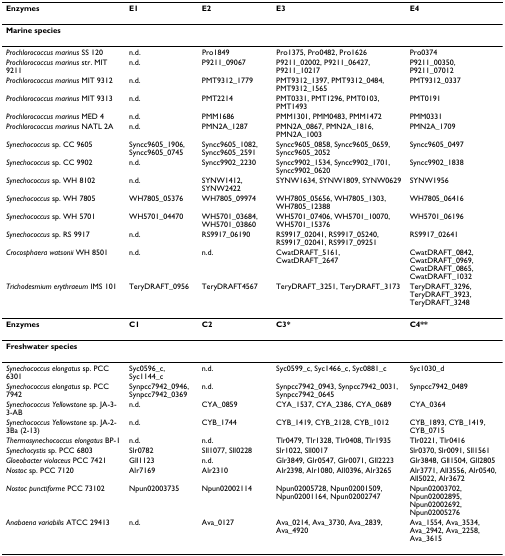
<table><thead><tr><td><b>Enzymes</b></td><td><b>E1</b></td><td><b>E2</b></td><td><b>E3</b></td><td><b>E4</b></td></tr></thead><tbody><tr><td colspan="5"><b>Marine species</b></td></tr><tr><td><i>Prochlorococcus marinus </i>SS 120</td><td>n.d.</td><td>Pro1849</td><td>Pro1375, Pro0482, Pro1626</td><td>Pro0374</td></tr><tr><td><i>Prochlorococcus marinus </i>str. MIT 9211</td><td>n.d.</td><td>P9211_09067</td><td>P9211_02002, P9211_06427, P9211_10217</td><td>P9211_00350, P9211_07012</td></tr><tr><td><i>Prochlorococcus marinus </i>MIT 9312</td><td>n.d.</td><td>PMT9312_1779</td><td>PMT9312_1397, PMT9312_0484, PMT9312_1565</td><td>PMT9312_0337</td></tr><tr><td><i>Prochlorococcus marinus </i>MIT 9313</td><td>n.d.</td><td>PMT2214</td><td>PMT0331, PMT1296, PMT0103, PMT1493</td><td>PMT0191</td></tr><tr><td><i>Prochlorococcus marinus </i>MED 4</td><td>n.d.</td><td>PMM1686</td><td>PMM1301, PMM0483, PMM1472</td><td>PMM0331</td></tr><tr><td><i>Prochlorococcus marinus </i>NATL 2A</td><td>n.d.</td><td>PMN2A_1287</td><td>PMN2A_0867, PMN2A_1816, PMN2A_1003</td><td>PMN2A_1709</td></tr><tr><td><i>Synechococcus </i>sp. CC 9605</td><td>Syncc9605_1906, Syncc9605_0745</td><td>Syncc9605_1082, Syncc9605_2591</td><td>Syncc9605_0858, Syncc9605_0659, Syncc9605_2052</td><td>Syncc9605_0497</td></tr><tr><td><i>Synechococcus </i>sp. CC 9902</td><td>n.d.</td><td>Syncc9902_2230</td><td>Syncc9902_1534, Syncc9902_1701, Syncc9902_0620</td><td>Syncc9902_1838</td></tr><tr><td><i>Synechococcus </i>sp. WH 8102</td><td>n.d.</td><td>SYNW1412, SYNW2422</td><td>SYNW1634, SYNW1809, SYNW0629</td><td>SYNW1956</td></tr><tr><td><i>Synechococcus </i>sp. WH 7805</td><td>WH7805_05376</td><td>WH7805_09974</td><td>WH7805_05656, WH7805_1303, WH7805_12388</td><td>WH7805_06416</td></tr><tr><td><i>Synechococcus </i>sp. WH 5701</td><td>WH5701_04470</td><td>WH5701_03684, WH5701_03860</td><td>WH5701_07406, WH5701_10070, WH5701_15376</td><td>WH5701_06196</td></tr><tr><td><i>Synechococcus </i>sp. RS 9917</td><td>n.d.</td><td>RS9917_06190</td><td>RS9917_02041, RS9917_05240, RS9917_02041, RS9917_09251</td><td>RS9917_02641</td></tr><tr><td><i>Crocosphaera watsonii </i>WH 8501</td><td>n.d.</td><td>n.d.</td><td>CwatDRAFT_5161, CwatDRAFT_2647</td><td>CwatDRAFT_0842, CwatDRAFT_0969, CwatDRAFT_0865, CwatDRAFT_1032</td></tr><tr><td><i>Trichodesmium erythraeum </i>IMS 101</td><td>TeryDRAFT_0956</td><td>TeryDRAFT4567</td><td>TeryDRAFT_3251, TeryDRAFT_3173</td><td>TeryDRAFT_3296, TeryDRAFT_3923, TeryDRAFT_3248</td></tr><tr><td><b>Enzymes</b></td><td><b>C1</b></td><td><b>C2</b></td><td><b>C3*</b></td><td><b>C4**</b></td></tr><tr><td colspan="5"><b>Freshwater species</b></td></tr><tr><td><i>Synechococcus elongatus </i>sp. PCC 6301</td><td>Syc0596_c, Syc1144_c</td><td>n.d.</td><td>Syc0599_c, Syc1466_c, Syc0881_c</td><td>Syc1030_d</td></tr><tr><td><i>Synechococcus elongatus </i>sp. PCC 7942</td><td>Synpcc7942_0946, Synpcc7942_0369</td><td>n.d.</td><td>Synpcc7942_0943, Synpcc7942_0031, Synpcc7942_0645</td><td>Synpcc7942_0489</td></tr><tr><td><i>Synechococcus Yellowstone </i>sp. JA-3-3-AB</td><td>n.d.</td><td>CYA_0859</td><td>CYA_1537, CYA_2386, CYA_0689</td><td>CYA_0364</td></tr><tr><td><i>Synechococcus Yellowstone</i> sp. JA-2-3Ba (2-13)</td><td>n.d.</td><td>CYB_1744</td><td>CYB_1419, CYB_2128, CYB_1012</td><td>CYB_1893, CYB_1419, CYB_0715</td></tr><tr><td><i>Thermosynechococcus elongatus </i>BP-1</td><td>n.d.</td><td>n.d.</td><td>Tlr0479, Tlr1328, Tlr0408, Tlr1935</td><td>Tlr0221, Tlr0416</td></tr><tr><td><i>Synechocystis </i>sp. PCC 6803</td><td>Slr0782</td><td>Sll1077, Sll0228</td><td>Slr1022, Sll0017</td><td>Slr0370, Slr0091, Sll1561</td></tr><tr><td><i>Gloeobacter violaceus </i>PCC 7421</td><td>Gll1123</td><td>n.d.</td><td>Glr3849, Glr0547, Glr0071, Gll2223</td><td>Glr3848, Gll1504, Gll2805</td></tr><tr><td><i>Nostoc </i>sp. PCC 7120</td><td>Alr7169</td><td>Alr2310</td><td>Alr2398, Alr1080, All0396, Alr3265</td><td>Alr3771, All3556, Alr0540, All5022, Alr3672</td></tr><tr><td><i>Nostoc punctiforme </i>PCC 73102</td><td>Npun02003735</td><td>Npun02002114</td><td>Npun02005728, Npun02001509, Npun02001164, Npun02002747</td><td>Npun02003702, Npun02002895, Npun02002692, Npun02005276</td></tr><tr><td><i>Anabaena variabilis </i>ATCC 29413</td><td>n.d.</td><td>Ava_0127</td><td>Ava_0214, Ava_3730, Ava_2839, Ava_4920</td><td>Ava_1554, Ava_3534, Ava_2942, Ava_2258, Ava_3615</td></tr></tbody></table>